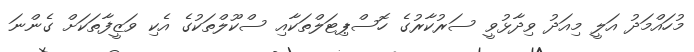
މުހައްމަދު އަލީ މިއަދު ވިދާޅުވީ ސަރުކާރުގެ ހޮސްޕިޓަލްތަކާއި ސްކޫލްތަކުގެ އެކި ވަޒީފާތަކަށް ގެންނަ